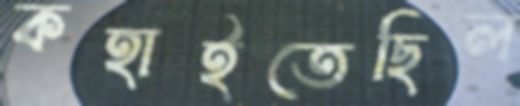
কহাইতেছিল